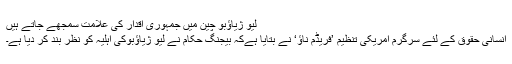
لِیُو ژياؤبو چین میں جمہوری اقدار کی علامت سمجھے جاتے ہیں
انسانی حقوق کے لئے سرگرم امریکی تنظیم ’فریڈم ناؤ‘ نے بتایا ہےکہ بیجنگ حکام نے لیو ژياؤبوکی اہلیہ کو نظر بند کر دیا ہے۔